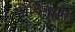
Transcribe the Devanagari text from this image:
पोर्टिनारी